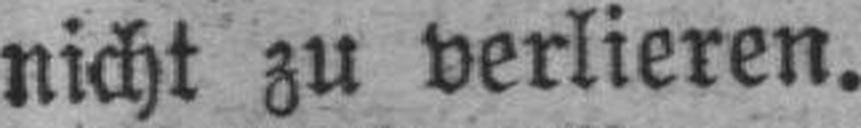
nicht zu verlieren.